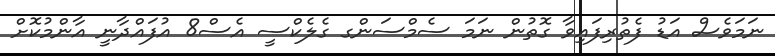
ނަމަވެސް އަޑު ފެތުރިފައިވާ ގޮތުން ނަމަ ސެމްސަންގ ގެލެކްސީ އެސް8 އުފައްދާނީ އާންމުކޮށް